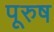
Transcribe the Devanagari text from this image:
पूरुष